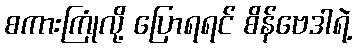
စကားကြုံလို့ ပြောရရင် စိန်ဗေဒါရဲ့